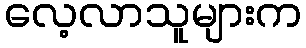
လေ့လာသူများက